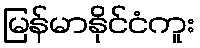
မြန်မာနိုင်ငံကူး